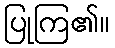
ပြုကြ၏။